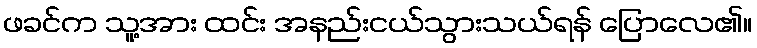
ဖခင်က သူ့အား ထင်း အနည်းငယ်သွားသယ်ရန် ပြောလေ၏။